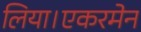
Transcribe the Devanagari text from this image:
लिया।एकरमेन